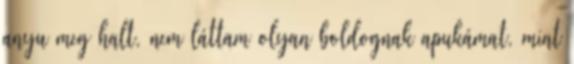
anyu meg halt, nem láttam olyan boldognak apukámat, mint